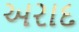
અરાદ